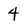
Character: 4